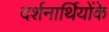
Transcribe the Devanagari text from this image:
दर्शनार्थियोंके